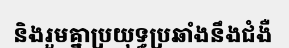
និងរួមគ្នាប្រយុទ្ធប្រឆាំងនឹងជំងឺ